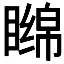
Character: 𬑧